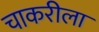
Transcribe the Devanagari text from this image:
चाकरीला